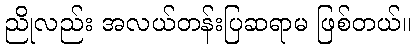
ညိုလည်း အလယ်တန်းပြဆရာမ ဖြစ်တယ်။